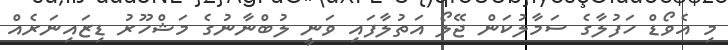
މި އެވޯޑް ހަފުލާގެ ސަމާލުކަން ޖޭލޯ އަތުލާފައި ވަނީ ލުބްނާނުގެ މަޝްހޫރު ޑިޒައިނަރެއް